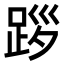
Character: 𨀨